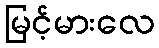
မြင့်မားလေ